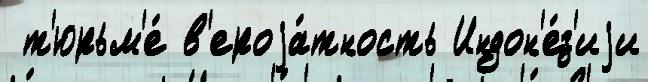
 т'юрьм'е́ в'ероjа́тность Индон'е́з'иjи